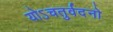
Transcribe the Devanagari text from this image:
योऽचतुर्वदनो